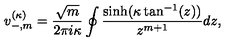
v _ { - , m } ^ { ( \kappa ) } = \frac { \sqrt { m } } { 2 \pi i \kappa } \oint \frac { \sinh ( \kappa \tan ^ { - 1 } ( z ) ) } { z ^ { m + 1 } } d z ,